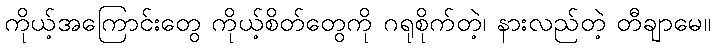
ကိုယ့်အကြောင်းတွေ ကိုယ့်စိတ်တွေကို ဂရုစိုက်တဲ့၊ နားလည်တဲ့ တီချာမေ။